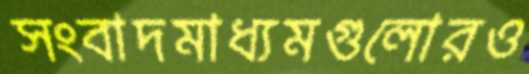
সংবাদমাধ্যমগুলোরও